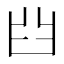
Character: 𦥒